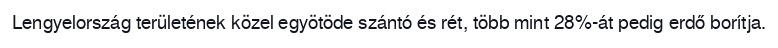
Lengyelország területének közel egyötöde szántó és rét, több mint 28%-át pedig erdő borítja.